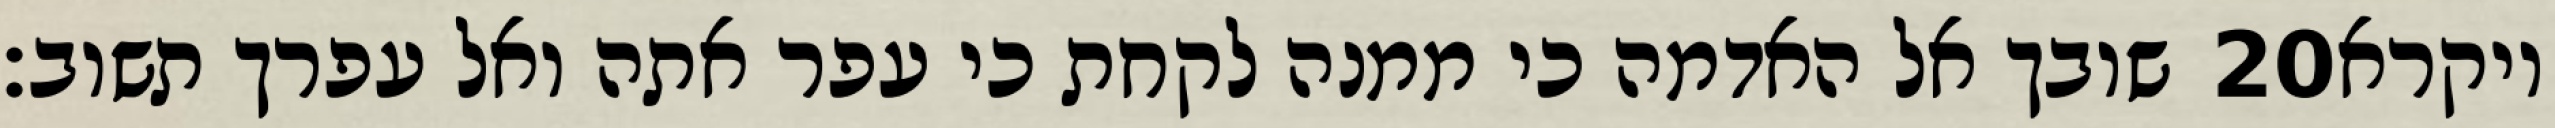
שובך אל האדמה כי ממנה לקחת כי עפר אתה ואל עפרך תשוב׃ ‎20‏ ויקרא